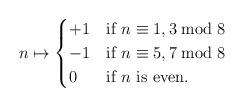
LaTeX: \begin{align*}n \mapsto \begin{cases} +1 & \mbox{if $n\equiv 1,3 \bmod 8$}\\-1 & \mbox{if $n\equiv 5,7 \bmod 8$}\\0 & \mbox{if $n$ is even.}\end{cases}\end{align*}